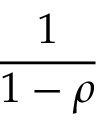
\frac { 1 } { 1 - \rho }